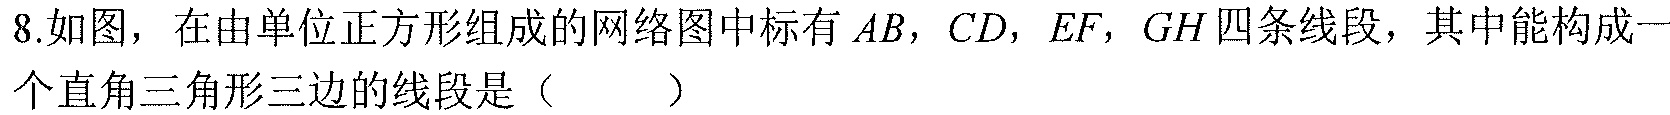
8.如图，在由单位正方形组成的网络图中标有\(AB,CD,EF,GH\)四条线段，其中能构成一个直角三角形三边的线段是（  ）